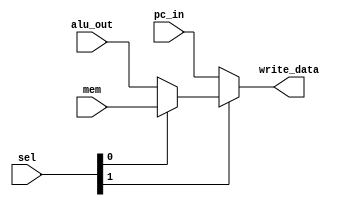
`timescale 1ns / 1ps
//////////////////////////////////////////////////////////////////////////////////
// Company: 
// Engineer: 
// 
// Design Name: 
// Module Name:    reg_write 
// Project Name: 
// Target Devices: 
// Tool versions: 
// Description: 
//
// Dependencies: 
//
// Revision: 
// Revision 0.01 - File Created
// Additional Comments: 
//
//////////////////////////////////////////////////////////////////////////////////
/*
*	The below is used for:	1> Writing the output of the ALU back into the registerfile
*									2> Writing the value from memory to the registerfile
*									3> Writing the 
*/	
module reg_write(
	input [31:0] mem,
					alu_out,
					pc_in,
	input [1:0] sel,
	output [31:0] write_data
    );

	wire [31:0] temp_data;
	assign temp_data = sel[0] ? mem: alu_out;
	assign write_data = sel[1] ? temp_data: pc_in;

endmodule